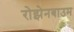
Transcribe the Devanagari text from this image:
रोझेनबाउम